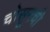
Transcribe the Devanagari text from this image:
चोसूनची